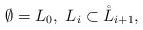
LaTeX: \begin{align*} \emptyset=L_0,\ L_i\subset\mathring{L}_{i+1},\end{align*}